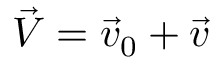
\vec { V } = \vec { v } _ { 0 } + \vec { v }